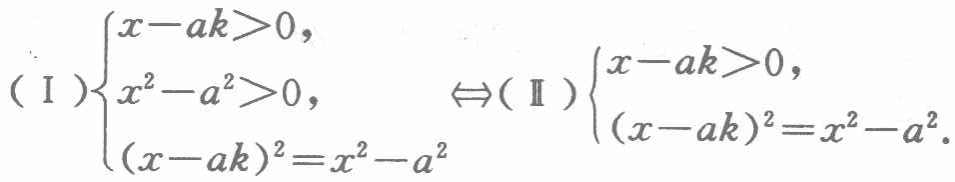
\((\text{I})\begin{cases}x - ak>0,\\x^{2}-a^{2}>0,\\(x - ak)^{2}=x^{2}-a^{2}\end{cases}\Leftrightarrow(\text{II})\begin{cases}x - ak>0,\\(x - ak)^{2}=x^{2}-a^{2}.\end{cases}\)